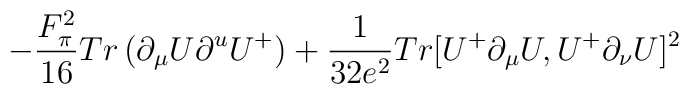
-{F_\pi^2\over 16} Tr\, (\partial_\mu U \partial^u U^+) + {1 \over 32 e^2 } Tr [ U^+\partial_\mu U,U^+\partial_\nu U ] ^2